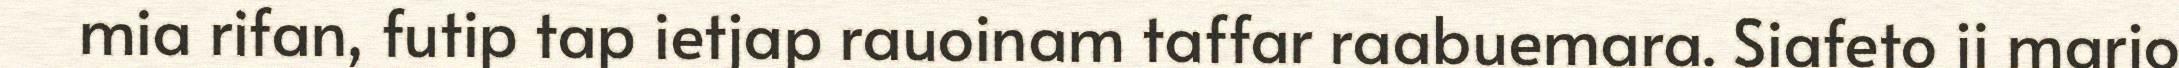
mia rifan, futip tap ietjap rauoinam taffar raabuemara. Siafeto ji marjo